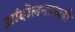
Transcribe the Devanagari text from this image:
आंदोलनावरही